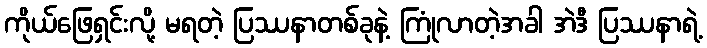
ကိုယ်ဖြေရှင်းလို့ မရတဲ့ ပြဿနာတစ်ခုနဲ့ ကြုံလာတဲ့အခါ အဲဒီ ပြဿနာရဲ့